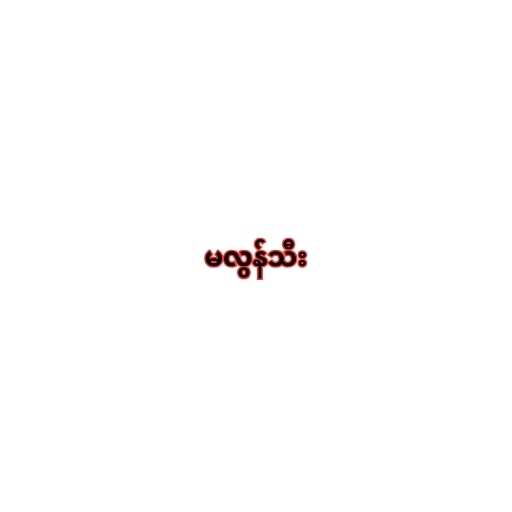
မလွန်သီး